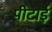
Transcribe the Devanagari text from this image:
पीटाई